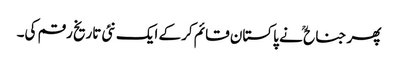
پھر جناح ؒ نے پاکستان قائم کرکے ایک نئی تاریخ رقم کی۔